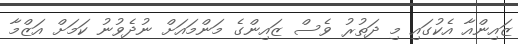
ޒައިންއާ އެކުގައި މި ދަތުރު ވެސް ޒައިންގެ މަންމައަށް ނުދެވުނު ކަމަށް އަޒްމާ